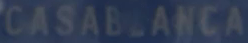
CASABLANCA